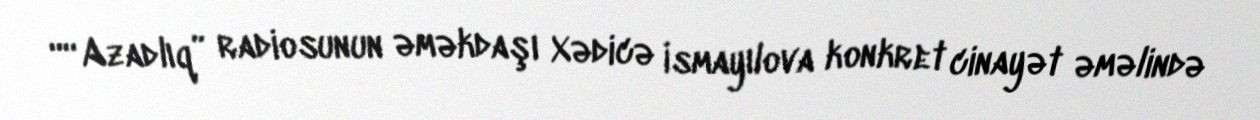
““Azadlıq” radiosunun əməkdaşı Xədicə İsmayılova konkret cinayət əməlində